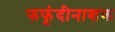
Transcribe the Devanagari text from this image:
फफूंदीनाशक